Vital statistics of India. Vol. IV, Annual returns from 1871 to 1876. British Army of India, Native Army and jails of Bengal
Year: 1871
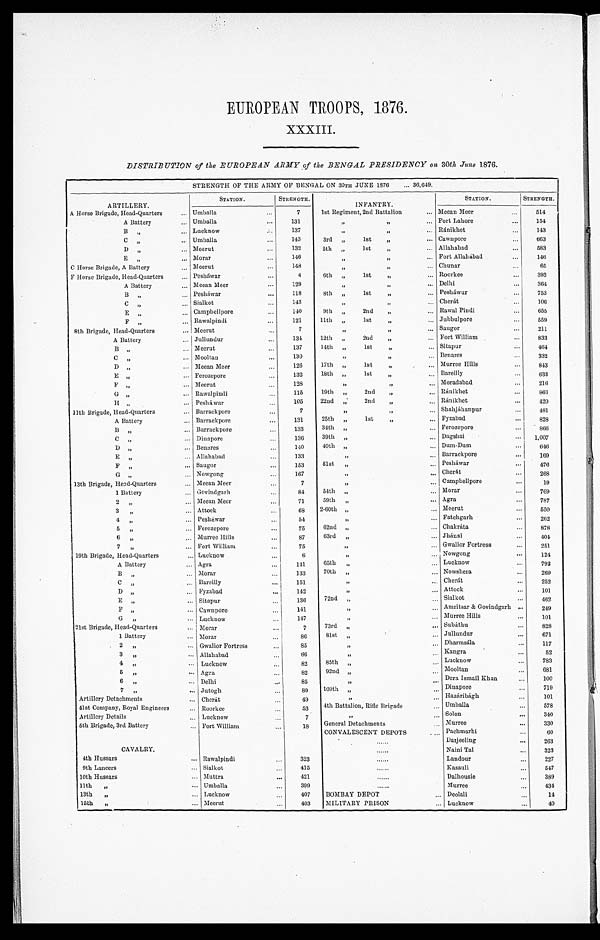
EUROPEAN TROOPS, 1876.
XXXIII.
DISTRIBUTION of the EUROPEAN ARMY of the BENGAL PRESIDENCY on 30th June 1876.
S T R E N G T H O F T H E A R M Y O F B E N G A L O N 3 0 t h J U N E 1 8 7 6 3 6 , 6 4 9 .
STATION.
STRENGTH.
STATION.
STRENGTH.
ARTILLERY.
INFANTRY.
A Horse Brigade, Head-Quarters
U m b a l l a
7 1st Regiment, 2nd Battalion
Meean Meer
514
A Battery
Umballa
1 3 1
" " Fort Lahore
154
B " Lucknow
1 3 7
" " Ránikhet
143
C "
Umballa
1 4 3 3rd " 1st " Cawnpore
663
D " Meerut
132
5th "lst " Allahabad
583
E "
Morar
1 4 6
" " Fort Allahabad
146
C H o r s e B r i g a d e , A B a t t e r y Meerut
1 4 8
" " Chunar
65
F Horse Brigade, Head-Quarters
Pesháwar
4
6th " 1st " Roorkee
393
A Battery
Meean Meer
129
" " Delhi
364
B " Pesháwar
118
8th " 1st " Pesháwur
753
C " Sialkot
143
" " Cherát
106
E " Campbellpore
1 4 0 9th " 2nd " Rawal Pindi
655
F "
Rawalpindi
1 2 1 11th " lst " Jubbulpore
559
8 t h B r i g a d e , H e a d - Q u a r t e r s Meerut
7
" " Saugor
211
A Battery
Jullundur
1 3 4 12th " 2nd " Fort William
833
B " Meerut
137
14th " lst " Sitapur
464
C "
Mooltan
1 3 0
" " Benares
332
D " Meean Meer
126
17th " 1st
Murree Hills
843
E " " Ferozepore
132
18th "1st " Bareilly
6 3 3
F
Meerut
128
" " Moradabad
216
G "
Rawalpindi
115
19th " 2nd " Ránikhet
863
H
Pesháwar
1 0 5 22nd " 2nd
Ránikhet
420
1 1 t h B r i g a d e , H e a d - Q u a r t e r s
Barrackpore
7
" " Shahjáhanpur
481
A Battery
Barrackpore
1 3 1 25th " 1st " Fyzabad
828
B "
Barrackpore
1 3 3 34th " Ferozepore
866
C " Dinapore
1 3 6 39th " Dagshai
1,007
D "
Benares
140
40th " Dum-Dum
646
E " Allahabad
1 3 3
" Barrackpore
169
F "
Saugor
153 51st " Pesháwar
476
G Nowgong
1 6 7
" " Cherát
268
13th Brigade, Head-Quarters
M e e a n M e e r
7
" Campbellpore
19
1 Battery
Govindgarh
8 4 54th "
M o r a r
7 6 9
2 "
Meean Meer
7 1
59th " Agra
7 8 7
3 "
Attock
6 8
2-60th " Meerut
550
4 "
Pesháwar
5 4
" Fatehgarh
2 6 2
5
Ferozepore
75
62nd " Chakátta
878
6 "
Murree Hills
87
63rd " Jhánsi
404
7 "
Fort William
75
" Gwalior Fortress
251
19th Brigade, Head-Quarters
Lucknow
6
" Nowgong
124
A Battery
Agra
141
65th
Lucknow
792
B "
Morar
133
70th
Nowshera
269
C "
Bareilly
151
" Cherát
252
D "
Fyzabad
142
" Attock
101
E "
Si t apur
136
72nd " Sialkot
462
F "
Cawnpore
141
" Amritsar & Govindgarh
249
G "
Lucknow
147
" Murree Hills
101
21st Brigade, Head-Quarters
Morar
7
73rd " Subáthu
828
1 Battery
Morar
86
81st " Jullundur
6 7 1
2 "
.Gwalior Fortress
85
"
Dharmsála
117
3 "
Allahabad
86
"
Kangra
52
4 "
Lucknow
82
85th " Lucknow
783
5 "
Agra
82
92nd " Mooltan
681
6 "
Delhi
85
Dera Ismail Khan
100
7 "
Jutogh
89 109th " Dinapore
7 1 9
Artillery Detachments
Cherát
49
" Hazáribágh
101
41st Company, Royal Engineers
Roorkee
53 4th Battalion, Rifle Brigade
Umballa
578
Artillery Details
Lucknow
7
"
Solon
340
5th Brigade, 3rd Battery
Fort William
18 General Detachments
Murree
330
CONVALESCENT DEPOTS
Pachmarhi
60
Darjeeling
263
CAVALRY
Naini Tal
323
4th Hussars
Rawalpindi
323
Landour
227
9th Lancers
Sialkot
415
Kasauli
547
10th Hussars
Muttra
421
Dalhousie
389
11th "
Umballa
399
Murree
434
13th "
Lucknow
4 0 7
BOMBAY DEPOT
Deolali
14
1 5 t h "
Meeru
4 0 3
MILITARY PRISON
Lucknow
40